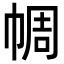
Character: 𢃖